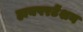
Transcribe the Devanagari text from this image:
हायपरटेंशन